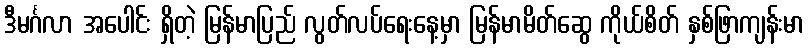
ဒီမင်္ဂလာ အပေါင်း ရှိတဲ့ မြန်မာပြည် လွတ်လပ်ရေးနေ့မှာ မြန်မာမိတ်ဆွေ ကိုယ်စိတ် နှစ်ဖြာကျန်းမာ